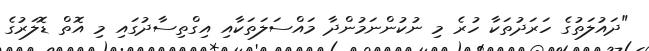
"ދައުލަތުގެ ހަރަދުތަކާ ހުރެ މި ނުކުންނަމުންދާ މައްސަލަތަކާއި އިގްތިސާދުގައި މި އޮތް ޑޮލަރުގެ